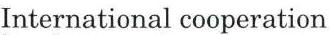
International cooperation